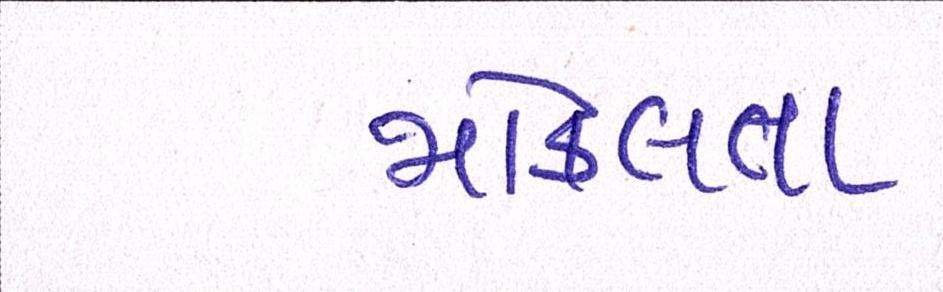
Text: મોકલતા